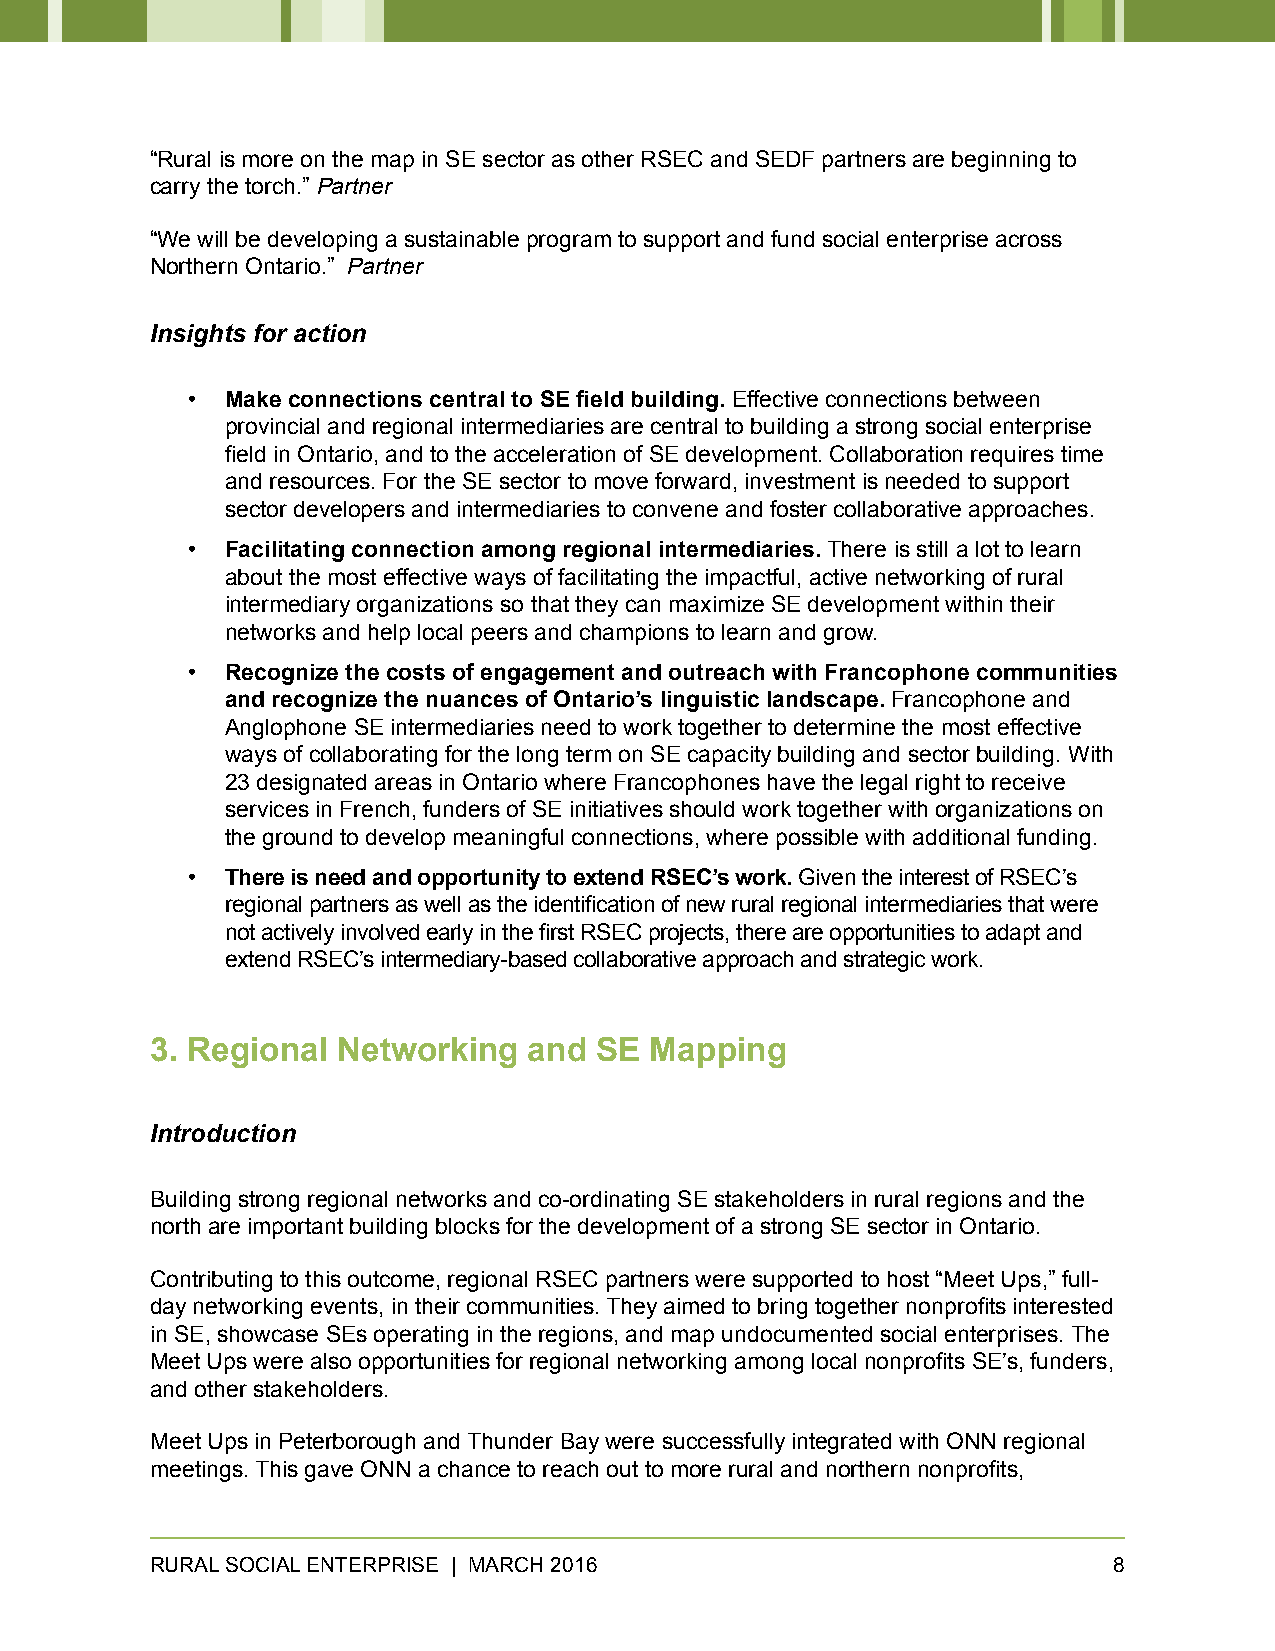
“Rural is more on the map in SE sector as other RSEC and SEDF partners are beginning to
 carry the torch.” Partner
 “We will be developing a sustainable program to support and fund social enterprise across
 Northern Ontario.” Partner
 Insights for action
 •  Make connections central to SE field building. Effective connections between
 provincial and regional intermediaries are central to building a strong social enterprise
 field in Ontario, and to the acceleration of SE development. Collaboration requires time
 and resources. For the SE sector to move forward, investment is needed to support
 sector developers and intermediaries to convene and foster collaborative approaches.
 •  Facilitating connection among regional intermediaries. There is still a lot to learn
 about the most effective ways of facilitating the impactful, active networking of rural
 intermediary organizations so that they can maximize SE development within their
 networks and help local peers and champions to learn and grow.
 •  Recognize the costs of engagement and outreach with Francophone communities
 and recognize the nuances of Ontario’s linguistic landscape. Francophone and
 Anglophone SE intermediaries need to work together to determine the most effective
 ways of collaborating for the long term on SE capacity building and sector building. With
 23 designated areas in Ontario where Francophones have the legal right to receive
 services in French, funders of SE initiatives should work together with organizations on
 the ground to develop meaningful connections, where possible with additional funding.
 •  There is need and opportunity to extend RSEC’s work. Given the interest of RSEC’s
 regional partners as well as the identification of new rural regional intermediaries that were
 not actively involved early in the first RSEC projects, there are opportunities to adapt and
 extend RSEC’s intermediary-based collaborative approach and strategic work.
 3. Regional Networking   and SE  Mapping
 Introduction
 Building strong regional networks and co-ordinating SE stakeholders in rural regions and the
 north are important building blocks for the development of a strong SE sector in Ontario.
 Contributing to this outcome, regional RSEC partners were supported to host “Meet Ups,” full-
 day networking events, in their communities. They aimed to bring together nonprofits interested
 in SE, showcase SEs operating in the regions, and map undocumented social enterprises. The
 Meet Ups were also opportunities for regional networking among local nonprofits SE’s, funders,
 and other stakeholders.
 Meet Ups in Peterborough and Thunder Bay were successfully integrated with ONN regional
 meetings. This gave ONN a chance to reach out to more rural and northern nonprofits,
 RURAL SOCIAL ENTERPRISE | MARCH 2016                            8